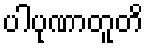
ပါပုဏာတူတိ